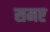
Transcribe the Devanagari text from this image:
समए